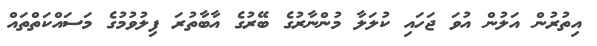
އިތުރުން އަލުން އުވަ ޖަހައި ކުލަލާ މުންނާރުގެ ބޭރުގެ އާބާތުރަ ފިލުވުމުގެ މަސައްކަތްތައް